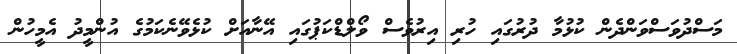
މަސްދުވަސްވަންދެން ކުޅުމާ ދުރުގައި ހުރި އިރުވެސް ވޯލްޑްކަޕުގައި އޭނާއަށް ކުޅެވޭނެކަމުގެ އުންމީދު އެމީހުން